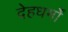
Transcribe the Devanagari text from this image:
देहधर्मों